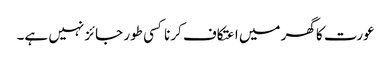
عورت کا گھر میں اعتکاف کرنا کسی طور جائز نہیں ہے۔